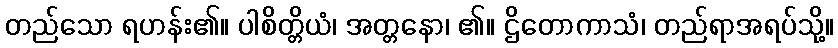
တည်သော ရဟန်း၏။ ပါစိတ္တိယံ၊ အတ္တနော၊ ၏။ ဌိတောကာသံ၊ တည်ရာအရပ်သို့။